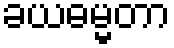
ခယဓမ္မတာ